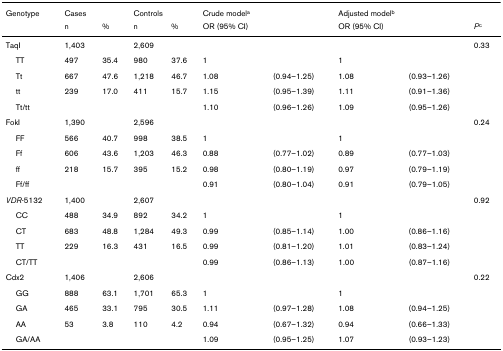
<table><thead><tr><td><b>Genotype</b></td><td colspan="2"><b>Cases</b></td><td colspan="2"><b>Controls</b></td><td colspan="2"><b>Crude model<sup>a</sup></b></td><td colspan="2"><b>Adjusted model<sup>b</sup></b></td><td></td></tr><tr><td></td><td><b>n</b></td><td><b>%</b></td><td><b>n</b></td><td><b>%</b></td><td><b>OR (95% CI)</b></td><td></td><td><b>OR (95% CI)</b></td><td></td><td><b><i>P</i><sup>c</sup></b></td></tr></thead><tbody><tr><td>TaqI</td><td>1,403</td><td></td><td>2,609</td><td></td><td></td><td></td><td></td><td></td><td>0.33</td></tr><tr><td> TT</td><td>497</td><td>35.4</td><td>980</td><td>37.6</td><td>1</td><td></td><td>1</td><td></td><td></td></tr><tr><td> Tt</td><td>667</td><td>47.6</td><td>1,218</td><td>46.7</td><td>1.08</td><td>(0.94–1.25)</td><td>1.08</td><td>(0.93–1.26)</td><td></td></tr><tr><td> tt</td><td>239</td><td>17.0</td><td>411</td><td>15.7</td><td>1.15</td><td>(0.95–1.39)</td><td>1.11</td><td>(0.91–1.36)</td><td></td></tr><tr><td> Tt/tt</td><td></td><td></td><td></td><td></td><td>1.10</td><td>(0.96–1.26)</td><td>1.09</td><td>(0.95–1.26)</td><td></td></tr><tr><td>FokI</td><td>1,390</td><td></td><td>2,596</td><td></td><td></td><td></td><td></td><td></td><td>0.24</td></tr><tr><td> FF</td><td>566</td><td>40.7</td><td>998</td><td>38.5</td><td>1</td><td></td><td>1</td><td></td><td></td></tr><tr><td> Ff</td><td>606</td><td>43.6</td><td>1,203</td><td>46.3</td><td>0.88</td><td>(0.77–1.02)</td><td>0.89</td><td>(0.77–1.03)</td><td></td></tr><tr><td> ff</td><td>218</td><td>15.7</td><td>395</td><td>15.2</td><td>0.98</td><td>(0.80–1.19)</td><td>0.97</td><td>(0.79–1.19)</td><td></td></tr><tr><td> Ff/ff</td><td></td><td></td><td></td><td></td><td>0.91</td><td>(0.80–1.04)</td><td>0.91</td><td>(0.79–1.05)</td><td></td></tr><tr><td><i>VDR</i>-5132</td><td>1,400</td><td></td><td>2,607</td><td></td><td></td><td></td><td></td><td></td><td>0.92</td></tr><tr><td> CC</td><td>488</td><td>34.9</td><td>892</td><td>34.2</td><td>1</td><td></td><td>1</td><td></td><td></td></tr><tr><td> CT</td><td>683</td><td>48.8</td><td>1,284</td><td>49.3</td><td>0.99</td><td>(0.85–1.14)</td><td>1.00</td><td>(0.86–1.16)</td><td></td></tr><tr><td> TT</td><td>229</td><td>16.3</td><td>431</td><td>16.5</td><td>0.99</td><td>(0.81–1.20)</td><td>1.01</td><td>(0.83–1.24)</td><td></td></tr><tr><td> CT/TT</td><td></td><td></td><td></td><td></td><td>0.99</td><td>(0.86–1.13)</td><td>1.00</td><td>(0.87–1.16)</td><td></td></tr><tr><td>Cdx2</td><td>1,406</td><td></td><td>2,606</td><td></td><td></td><td></td><td></td><td></td><td>0.22</td></tr><tr><td> GG</td><td>888</td><td>63.1</td><td>1,701</td><td>65.3</td><td>1</td><td></td><td>1</td><td></td><td></td></tr><tr><td> GA</td><td>465</td><td>33.1</td><td>795</td><td>30.5</td><td>1.11</td><td>(0.97–1.28)</td><td>1.08</td><td>(0.94–1.25)</td><td></td></tr><tr><td> AA</td><td>53</td><td>3.8</td><td>110</td><td>4.2</td><td>0.94</td><td>(0.67–1.32)</td><td>0.94</td><td>(0.66–1.33)</td><td></td></tr><tr><td> GA/AA</td><td></td><td></td><td></td><td></td><td>1.09</td><td>(0.95–1.25)</td><td>1.07</td><td>(0.93–1.23)</td><td></td></tr></tbody></table>